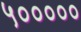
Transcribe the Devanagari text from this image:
५०००००